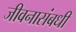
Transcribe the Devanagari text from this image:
जीवनासंबधी